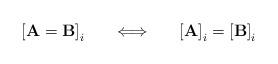
LaTeX: \begin{align*}\left[\mathbf{A}=\mathbf{B}\right]_{i}\,\,\,\,\,\,\,\,\,\,\Longleftrightarrow\,\,\,\,\,\,\,\,\,\,\left[\mathbf{A}\right]_{i}=\left[\mathbf{B}\right]_{i}\end{align*}